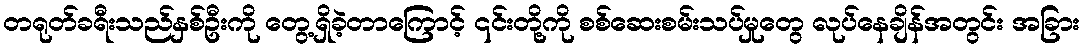
တရုတ်ခရီးသည်နှစ်ဦးကို တွေ့ရှိခဲ့တာကြောင့် ၎င်းတို့ကို စစ်ဆေးစမ်းသပ်မှုတွေ လုပ်နေချိန်အတွင်း အခြား